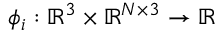
\phi _ { i } : \mathbb { R } ^ { 3 } \times \mathbb { R } ^ { N \times 3 } \rightarrow \mathbb { R }